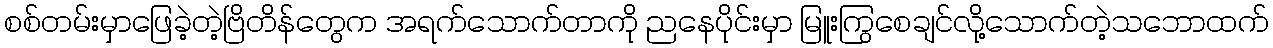
စစ်တမ်းမှာဖြေခဲ့တဲ့ဗြိတိန်တွေက အရက်သောက်တာကို ညနေပိုင်းမှာ မြူးကြွစေချင်လို့သောက်တဲ့သဘောထက်